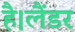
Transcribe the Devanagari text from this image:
है।लैंडर